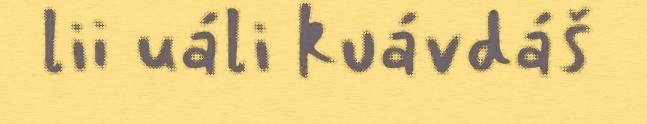
lii uáli kuávdáš